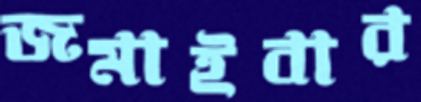
জমাইবার